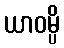
ယာဝမ္ပိ